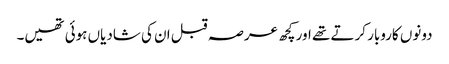
دونوں کاروبار کرتے تھے اور کچھ عرصہ قبل ان کی شادیاں ہوئی تھیں۔